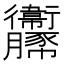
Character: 𧲞